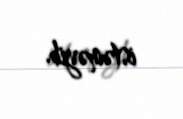
istəməyib.